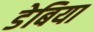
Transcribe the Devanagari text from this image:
डेबिया